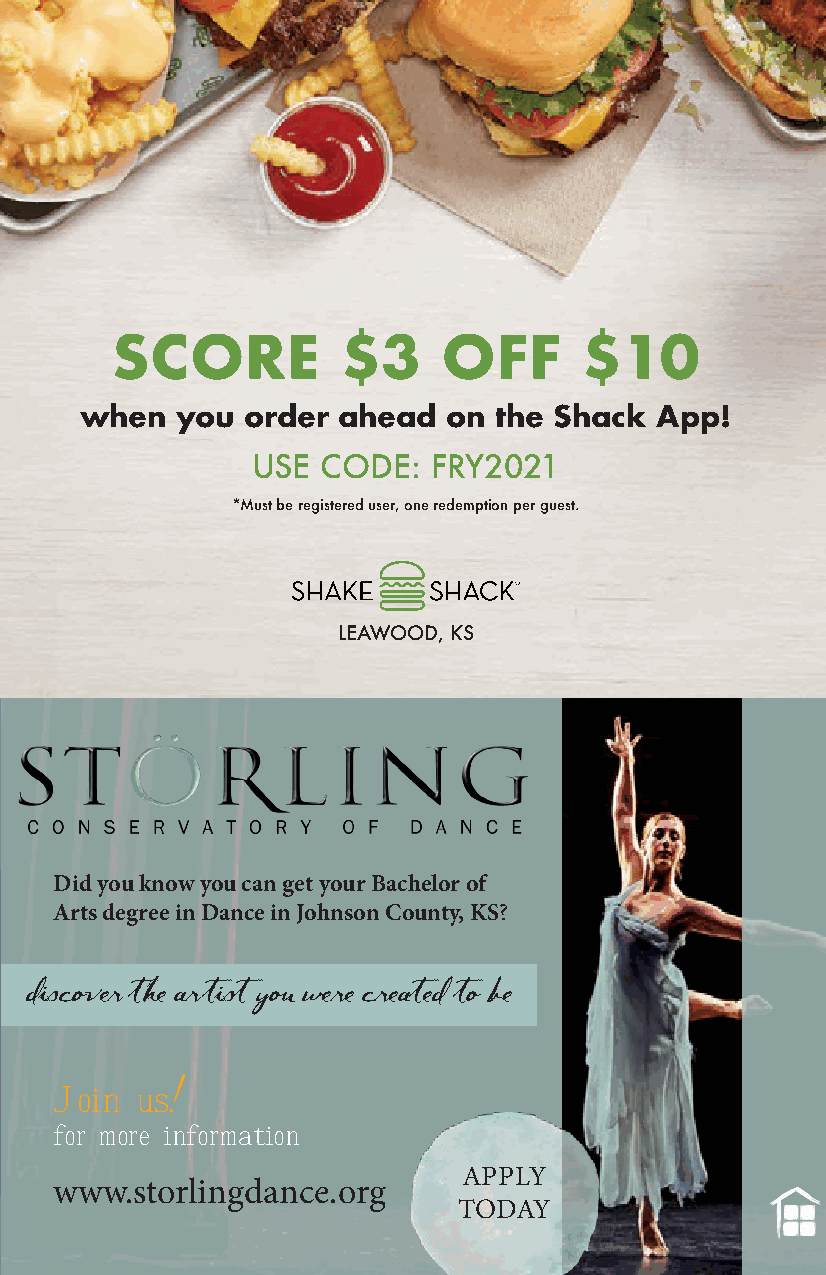
SCORE           $3    OFF      $10
 Join
 when   you order ahead   on the Shack App!
 USE CODE:   FRY2021
 *Must be registered user, one redemption per guest.
 our
 LEAWOOD, KS
 team
 Did you know you can get your Bachelor of
 Tap here to
 Arts degree in Dance in Johnson County, KS?
 learn more.
 TO APPLY
 discover the artistyou were createdto be
 text FXGcareers to 33011
 Message and data rates may apply. 1 message per request. Text HELP to 33011 for help.
 Join us!
 Text STOP to 33011 to cancel. FedEx Ground is an equal opportunity/affirmative action
 employer (Minorities/Females/Disability/Veterans) committed to a diverse workforce.
 for more information
 APPLY
 www.storlingdance.org
 TODAY